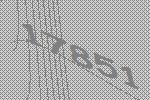
17851